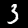
Label: 3